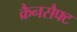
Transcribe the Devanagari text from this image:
क्रैनसैफ्ट